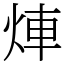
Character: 𤉖